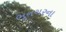
ભૂનગરના